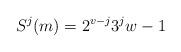
LaTeX: \begin{align*}S^j(m) = 2^{v-j} 3^j w - 1\end{align*}